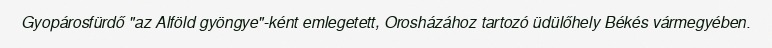
Gyopárosfürdő "az Alföld gyöngye"-ként emlegetett, Orosházához tartozó üdülőhely Békés vármegyében.